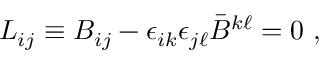
L _ { i j } \equiv B _ { i j } - \epsilon _ { i k } \epsilon _ { j \ell } \bar { B } ^ { k \ell } = 0 \ ,